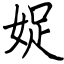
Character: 娖